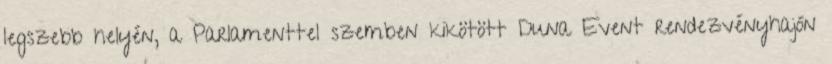
legszebb helyén, a Parlamenttel szemben kikötött Duna Event rendezvényhajón